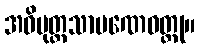
အဓိမုတ္တသာမဏေဝတ္ထု။